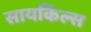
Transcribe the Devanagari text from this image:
सायकिल्स